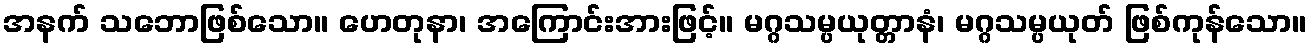
အနက် သဘောဖြစ်သော။ ဟေတုနာ၊ အကြောင်းအားဖြင့်။ မဂ္ဂသမ္ပယုတ္တာနံ၊ မဂ္ဂသမ္ပယုတ် ဖြစ်ကုန်သော။